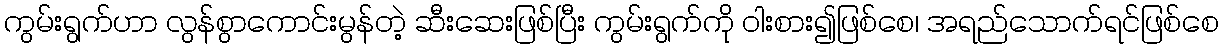
ကွမ်းရွက်ဟာ လွန်စွာကောင်းမွန်တဲ့ ဆီးဆေးဖြစ်ပြီး ကွမ်းရွက်ကို ဝါးစား၍ဖြစ်စေ၊ အရည်သောက်ရင်ဖြစ်စေ